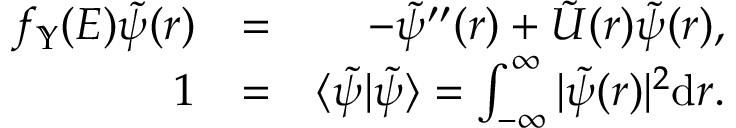
\begin{array} { r l r } { f _ { \mathbb { Y } } ( E ) \tilde { \psi } ( r ) } & { = } & { - \tilde { \psi } ^ { \prime \prime } ( r ) + \tilde { U } ( r ) \tilde { \psi } ( r ) , } \\ { 1 } & { = } & { \langle \tilde { \psi } | \tilde { \psi } \rangle = \int _ { - \infty } ^ { \infty } | \tilde { \psi } ( r ) | ^ { 2 } { \textrm d } r . } \end{array}